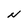
Character: N